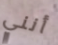
أنني